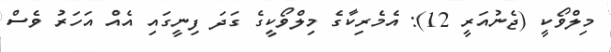
މިލްވޯކީ (ޖެނުއަރީ 12): އެމެރިކާގެ މިލްވޯކީގެ ގަދަ ފިނީގައި އެއް އަހަރު ވެސް